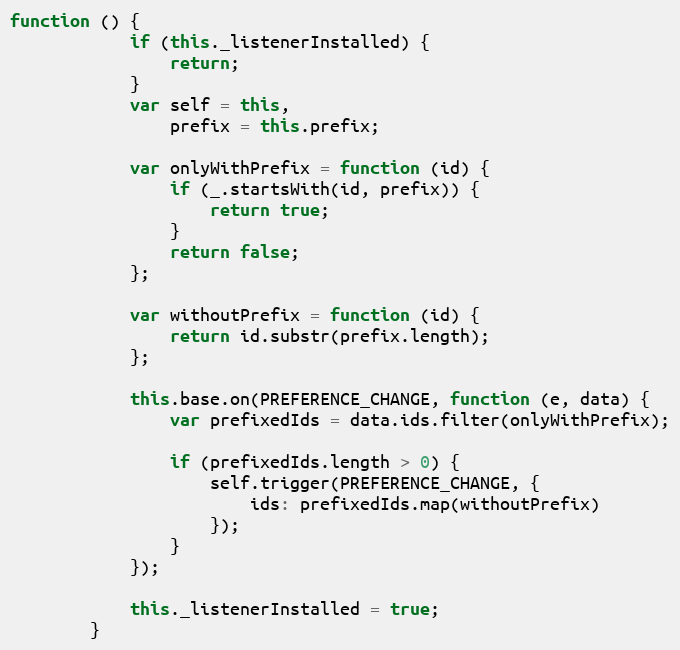
Language: JavaScript
function () {
            if (this._listenerInstalled) {
                return;
            }
            var self = this,
                prefix = this.prefix;

            var onlyWithPrefix = function (id) {
                if (_.startsWith(id, prefix)) {
                    return true;
                }
                return false;
            };

            var withoutPrefix = function (id) {
                return id.substr(prefix.length);
            };

            this.base.on(PREFERENCE_CHANGE, function (e, data) {
                var prefixedIds = data.ids.filter(onlyWithPrefix);

                if (prefixedIds.length > 0) {
                    self.trigger(PREFERENCE_CHANGE, {
                        ids: prefixedIds.map(withoutPrefix)
                    });
                }
            });

            this._listenerInstalled = true;
        }